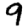
Digit: 9